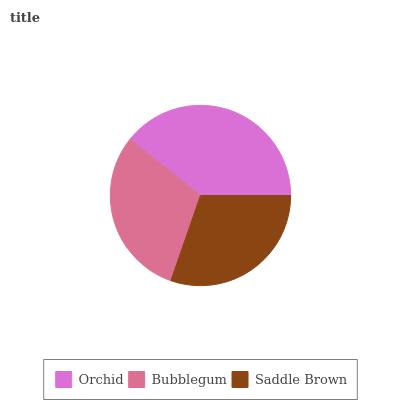
| Orchid | Bubblegum | Saddle Brown |
 | --- | --- | --- |
 | 39.3% | 30.4% | 30.3% |